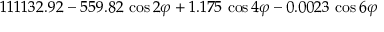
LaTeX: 1 1 1 1 3 2 . 9 2 - 5 5 9 . 8 2 \, \cos 2 \varphi + 1 . 1 7 5 \, \cos 4 \varphi - 0 . 0 0 2 3 \, \cos 6 \varphi